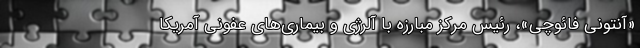
«آنتونی فائوچی»، رئیس مرکز مبارزه با آلرژی و بیماری‌های عفونی آمریکا